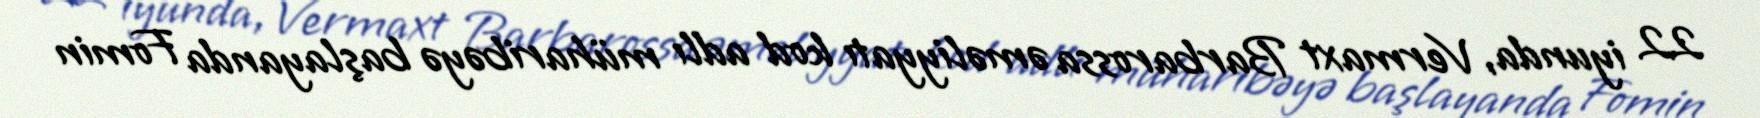
22 iyunda, Vermaxt Barbarossa əməliyyatı kod adlı müharibəyə başlayanda Fomin